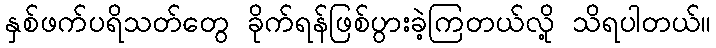
နှစ်ဖက်ပရိသတ်တွေ ခိုက်ရန်ဖြစ်ပွားခဲ့ကြတယ်လို့ သိရပါတယ်။